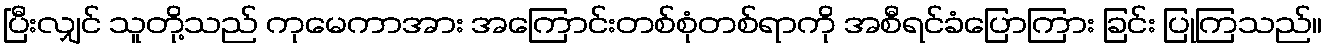
ပြီးလျှင် သူတို့သည် ကုမေကာအား အကြောင်းတစ်စုံတစ်ရာကို အစီရင်ခံပြောကြား ခြင်း ပြုကြသည်။